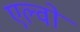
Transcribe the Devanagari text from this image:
एल्वो